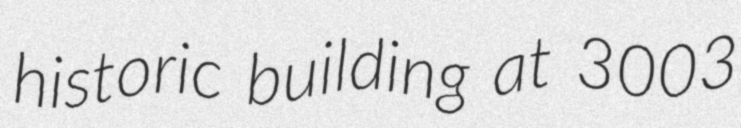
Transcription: historic building at 3003